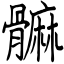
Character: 髍